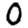
Digit: 0